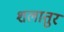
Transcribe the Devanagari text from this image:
शलातुर